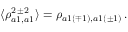
\langle \rho _ { a 1 , a 1 } ^ { 2 \, \pm 2 } \rangle = \rho _ { a 1 ( \mp 1 ) , a 1 ( \pm 1 ) } \, .